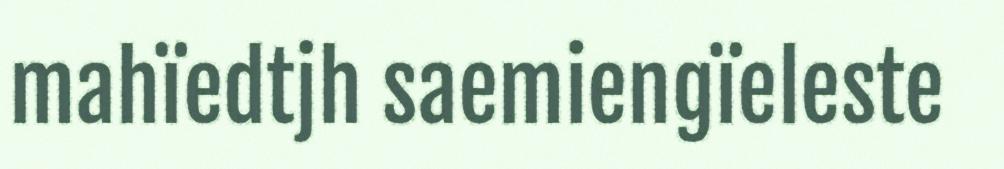
mahïedtjh saemiengïeleste